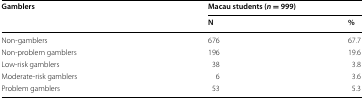
<table><thead><tr><td rowspan="2"><b>Gamblers</b></td><td colspan="2"><b>Macau students (<i>n</i> = 999)</b></td></tr><tr><td><b>N</b></td><td><b>%</b></td></tr></thead><tbody><tr><td>Non-gamblers</td><td>676</td><td>67.7</td></tr><tr><td>Non-problem gamblers</td><td>196</td><td>19.6</td></tr><tr><td>Low-risk gamblers</td><td>38</td><td>3.8</td></tr><tr><td>Moderate-risk gamblers</td><td>6</td><td>3.6</td></tr><tr><td>Problem gamblers</td><td>53</td><td>5.3</td></tr></tbody></table>